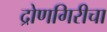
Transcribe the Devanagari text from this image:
द्रोणगिरीचा